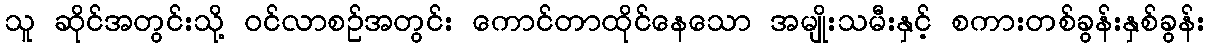
သူ ဆိုင်အတွင်းသို့ ဝင်လာစဉ်အတွင်း ကောင်တာထိုင်နေသော အမျိုးသမီးနှင့် စကားတစ်ခွန်းနှစ်ခွန်း